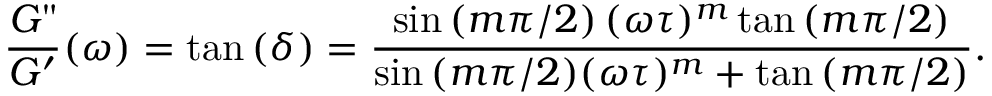
\frac { G " } { G ^ { \prime } } ( \omega ) = \tan { ( \delta ) } = \frac { \sin \left( m \pi / 2 \right) ( \omega \tau ) ^ { m } \tan \left( m \pi / 2 \right) } { \sin { \left( m \pi / 2 \right) } ( \omega \tau ) ^ { m } + \tan { \left( m \pi / 2 \right) } } .